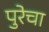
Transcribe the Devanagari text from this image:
पुरेचा